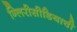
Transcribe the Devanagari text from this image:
ग्लिरीसीडियाची